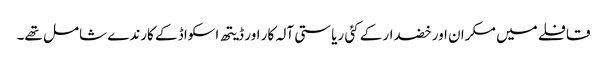
قافلے میں مکران اور خضدار کے کئی ریاستی آلہ کار اور ڈیتھ اسکواڈ کے کارندے شامل تھے۔